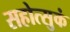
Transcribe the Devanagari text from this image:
सहोत्सुकं